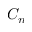
C _ { n }